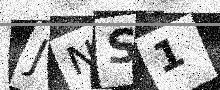
Text: JNS1